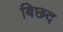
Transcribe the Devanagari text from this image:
बिछद